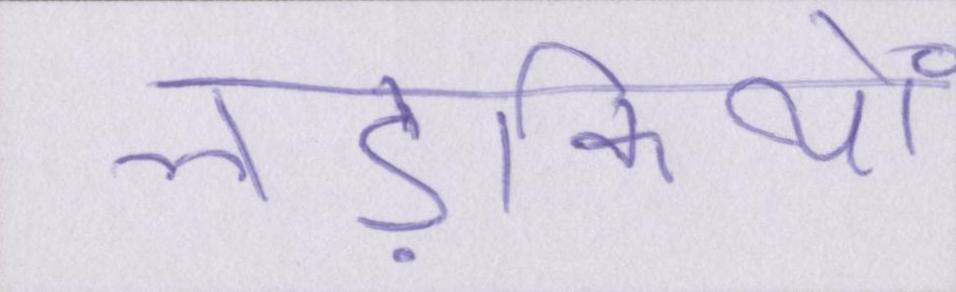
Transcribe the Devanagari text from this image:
लड़कियों